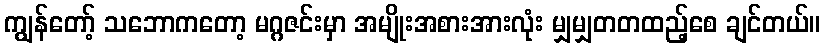
ကျွန်တော့် သဘောကတော့ မဂ္ဂဇင်းမှာ အမျိုးအစားအားလုံး မျှမျှတတထည့်စေ ချင်တယ်။